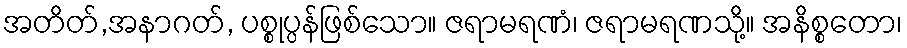
အတိတ်,အနာဂတ်, ပစ္စုပ္ပန်ဖြစ်သော။ ဇရာမရဏံ၊ ဇရာမရဏသို့။ အနိစ္စတော၊